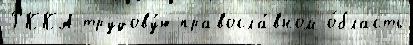
РККА трудову́ю правосла́вном о́бласть